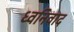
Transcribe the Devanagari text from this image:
ध्वनिवाद